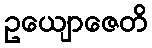
ဥယျောဇေတိ